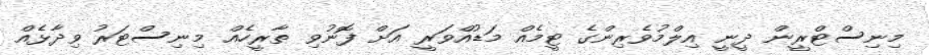
މިނިސްޓްރީން ދީނީ އިލްމުވެރިންގެ ޓީމެއް މަޑުއްވަރީ އަށް ފޮނުވި ތާރީހެއް މިނިސްޓަރު ވިދާޅެއް